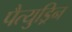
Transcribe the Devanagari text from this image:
पैत्युड्रिन